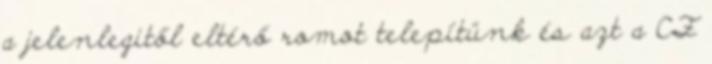
a jelenlegitől eltérő romot telepítünk és azt a CF